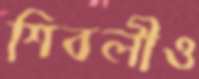
শিবলীও